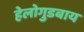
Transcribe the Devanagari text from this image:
हेलोगुडबाय